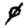
Digit: 0